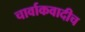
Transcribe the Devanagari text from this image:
चार्वाकवादीच